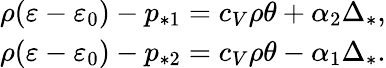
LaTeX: \begin{array}{r}{\rho(\varepsilon-\varepsilon_{0})-p_{*1}=c_{V}\rho\theta+\alpha_{2}\Delta_{*},}\\ {\rho(\varepsilon-\varepsilon_{0})-p_{*2}=c_{V}\rho\theta-\alpha_{1}\Delta_{*}.}\end{array}